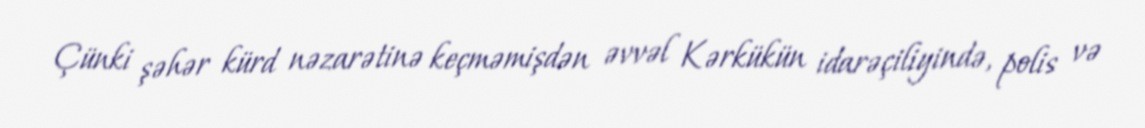
Çünki şəhər kürd nəzarətinə keçməmişdən əvvəl Kərkükün idarəçiliyində, polis və